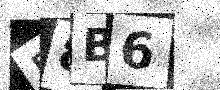
Text: B8B6